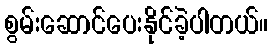
စွမ်းဆောင်ပေးနိုင်ခဲ့ပါတယ်။